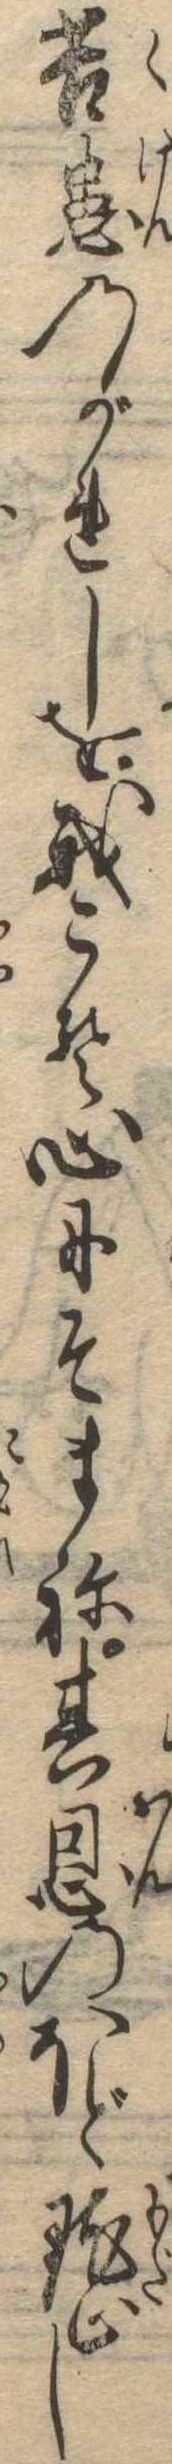
苦患のがれしを我こそ心にそまね其恩のほど黙止し